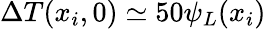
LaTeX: \Delta T(x_{i},0)\simeq 50\psi_{L}(x_{i})